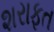
શરાફત